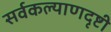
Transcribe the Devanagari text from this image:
सर्वकल्याणदृष्टी